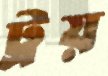
ট্রয়